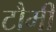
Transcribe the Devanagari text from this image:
टौमी